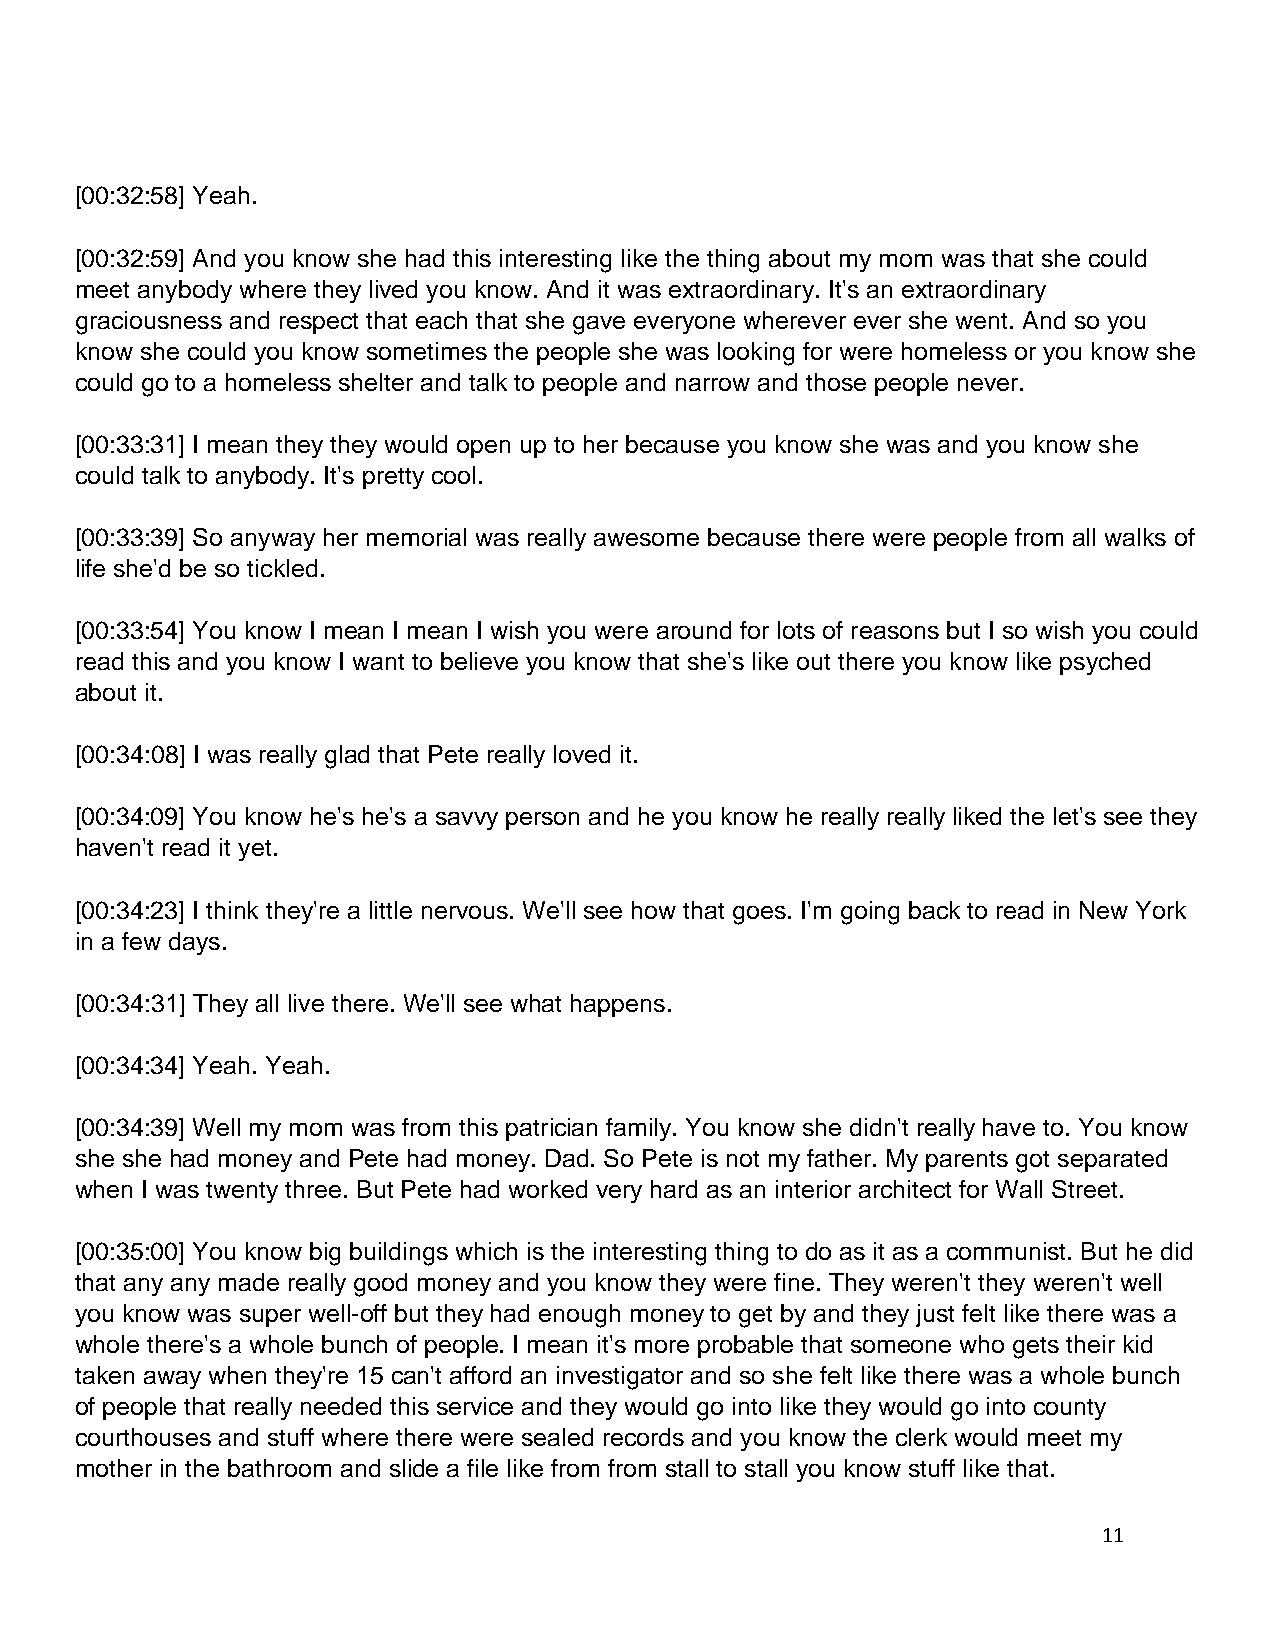
[00:32:58] Yeah.
 [00:32:59] And you know she had this interesting like the thing about my mom was that she could
 meet anybody where they lived you know. And it was extraordinary. It's an extraordinary
 graciousness and respect that each that she gave everyone wherever ever she went. And so you
 know she could you know sometimes the people she was looking for were homeless or you know she
 could go to a homeless shelter and talk to people and narrow and those people never.
 [00:33:31] I mean they they would open up to her because you know she was and you know she
 could talk to anybody. It's pretty cool.
 [00:33:39] So anyway her memorial was really awesome because there were people from all walks of
 life she'd be so tickled.
 [00:33:54] You know I mean I mean I wish you were around for lots of reasons but I so wish you could
 read this and you know I want to believe you know that she's like out there you know like psyched
 about it.
 [00:34:08] I was really glad that Pete really loved it.
 [00:34:09] You know he's he's a savvy person and he you know he really really liked the let's see they
 haven't read it yet.
 [00:34:23] I think they're a little nervous. We'll see how that goes. I'm going back to read in New York
 in a few days.
 [00:34:31] They all live there. We'll see what happens.
 [00:34:34] Yeah. Yeah.
 [00:34:39] Well my mom was from this patrician family. You know she didn't really have to. You know
 she she had money and Pete had money. Dad. So Pete is not my father. My parents got separated
 when I was twenty three. But Pete had worked very hard as an interior architect for Wall Street.
 [00:35:00] You know big buildings which is the interesting thing to do as it as a communist. But he did
 that any any made really good money and you know they were fine. They weren't they weren't well
 you know was super well-off but they had enough money to get by and they just felt like there was a
 whole there's a whole bunch of people. I mean it's more probable that someone who gets their kid
 taken away when they're 15 can't afford an investigator and so she felt like there was a whole bunch
 of people that really needed this service and they would go into like they would go into county
 courthouses and stuff where there were sealed records and you know the clerk would meet my
 mother in the bathroom and slide a file like from from stall to stall you know stuff like that.
 11